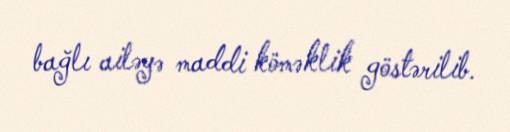
bağlı ailəyə maddi köməklik göstərilib.